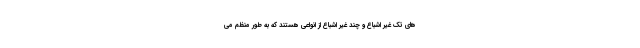
های تک غیر اشباع و چند غیر اشباع از انواعی هستند که به طور منظم می